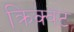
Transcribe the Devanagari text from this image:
क्रिक्वेट